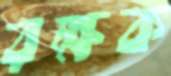
রক্ষক